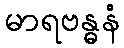
မာရဗန္ဓနံ